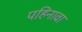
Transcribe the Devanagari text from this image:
पहिनावा